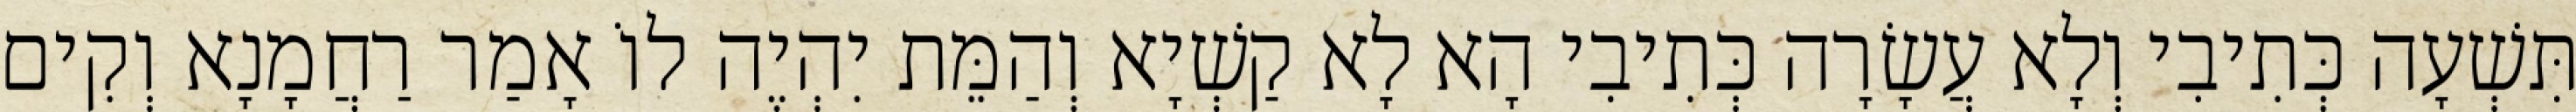
תִּשְׁעָה כְּתִיבִי וְלָא עֲשָׂרָה כְּתִיבִי הָא לָא קַשְׁיָא וְהַמֵּת יִהְיֶה לוֹ אָמַר רַחֲמָנָא וְקִים